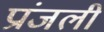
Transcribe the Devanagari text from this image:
प्रांजली